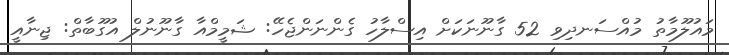
މައުލޫމާތު މުއްސަނދިވި 52 ގާނޫނަކަށް އިސްލާހު ގެންނަންޖެހޭ: ޝަމީމްއާ ގާނޫނުލް އުގޫބާތް: ޖިނާއީ